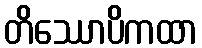
တိဿောပိကထာ